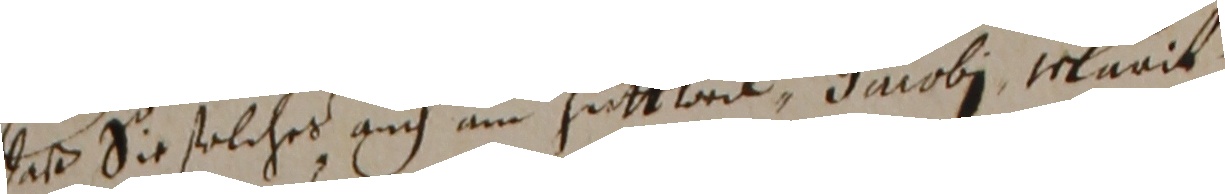
daß sie solches auch ai huttweil Jacobi varit